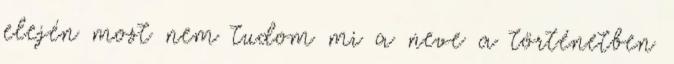
elején most nem tudom mi a neve a történetben